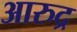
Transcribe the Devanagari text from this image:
आरुद्र